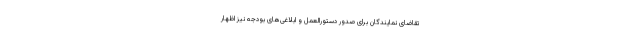
تقاضای نمایندگان برای صدور دستورالعمل و ابلاغی‌های بودجه نیز اظهار